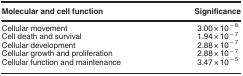
| Molecular and cell function | Significance |
 | --- | --- |
 | Cellular movement | 3.00 × 10−8 |
 | Cell death and survival | 1.94 × 10−7 |
 | Cellular development | 2.88 × 10−7 |
 | Cellular growth and proliferation | 2.88 × 10−7 |
 | Cellular function and maintenance | 3.47 × 10−5 |